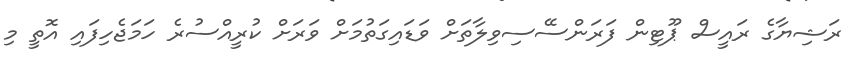
ރަޝިޔާގެ ރައީސް ޕޫޓިން ފަރަންސޭސިވިލާތަށް ވަޑައިގަތުމަށް ވަރަށް ކުރީއްސުރެ ހަމަޖެހިފައި އޮތީ މި